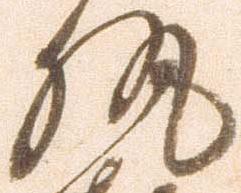
執